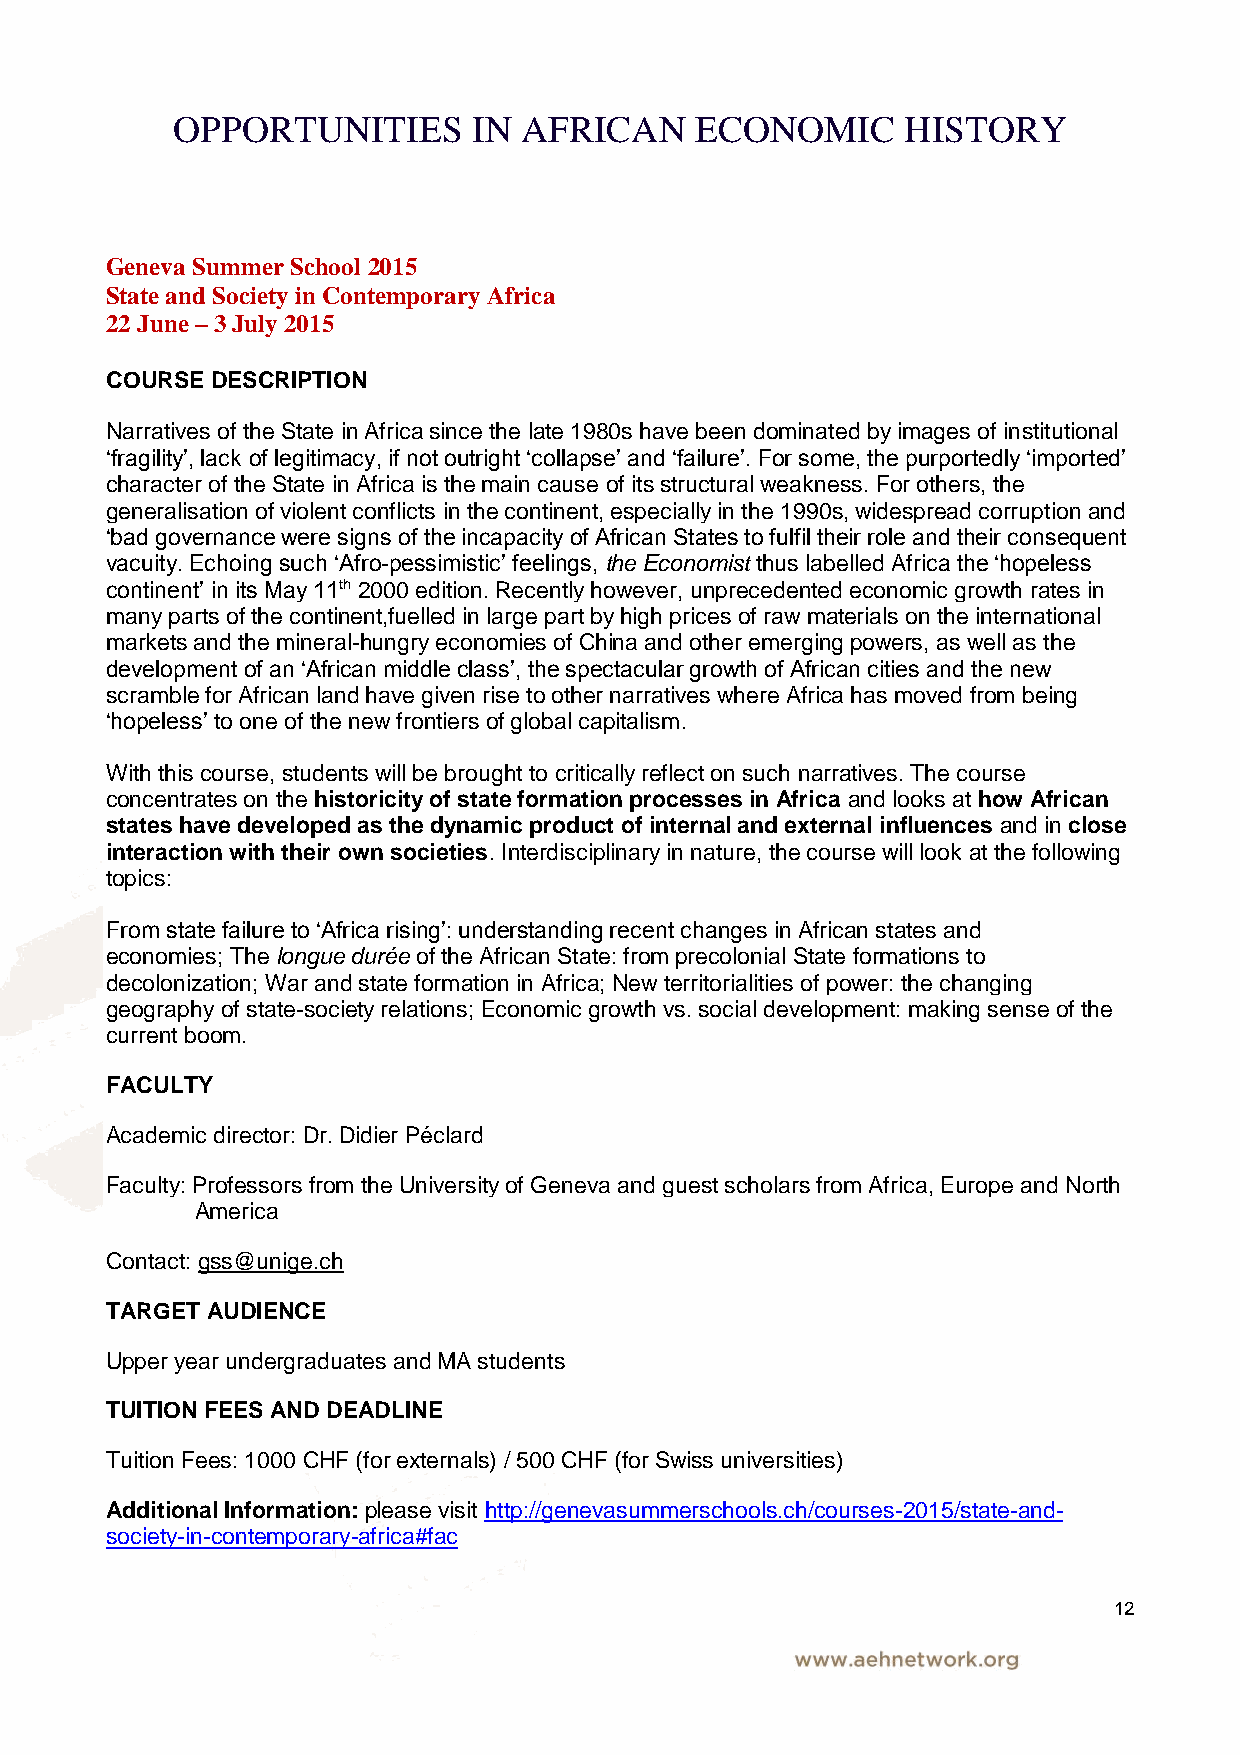
OPPORTUNITIES       IN AFRICAN     ECONOMIC      HISTORY
 Geneva Summer School 2015
 State and Society in Contemporary Africa
 22 June – 3 July 2015
 COURSE DESCRIPTION
 Narratives of the State in Africa since the late 1980s have been dominated by images of institutional
 ‘fragility’, lack of legitimacy, if not outright ‘collapse’ and ‘failure’. For some, the purportedly ‘imported’
 character of the State in Africa is the main cause of its structural weakness. For others, the
 generalisation of violent conflicts in the continent, especially in the 1990s, widespread corruption and
 ‘bad governance were signs of the incapacity of African States to fulfil their role and their consequent
 vacuity. Echoing such ‘Afro-pessimistic’ feelings, the Economist thus labelled Africa the ‘hopeless
 continent’ in its May 11th 2000 edition. Recently however, unprecedented economic growth rates in
 many parts of the continent,fuelled in large part by high prices of raw materials on the international
 markets and the mineral-hungry economies of China and other emerging powers, as well as the
 development of an ‘African middle class’, the spectacular growth of African cities and the new
 scramble for African land have given rise to other narratives where Africa has moved from being
 ‘hopeless’ to one of the new frontiers of global capitalism.
 With this course, students will be brought to critically reflect on such narratives. The course
 concentrates on the historicity of state formation processes in Africa and looks at how African
 states have developed as the dynamic product of internal and external influences and in close
 interaction with their own societies. Interdisciplinary in nature, the course will look at the following
 topics:
 From state failure to ‘Africa rising’: understanding recent changes in African states and
 economies; The longue durée of the African State: from precolonial State formations to
 decolonization; War and state formation in Africa; New territorialities of power: the changing
 geography of state-society relations; Economic growth vs. social development: making sense of the
 current boom.
 FACULTY
 Academic director: Dr. Didier Péclard
 Faculty: Professors from the University of Geneva and guest scholars from Africa, Europe and North
 America
 Contact: gss@unige.ch
 TARGET AUDIENCE
 Upper year undergraduates and MA students
 TUITION FEES AND DEADLINE
 Tuition Fees: 1000 CHF (for externals) / 500 CHF (for Swiss universities)
 Additional Information: please visit http://genevasummerschools.ch/courses-2015/state-and-
 society-in-contemporary-africa#fac
 12